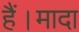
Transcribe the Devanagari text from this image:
हैं।मादा